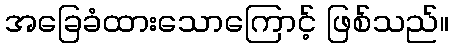
အခြေခံထားသောကြောင့် ဖြစ်သည်။